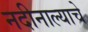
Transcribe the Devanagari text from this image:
नदीनाल्याचे